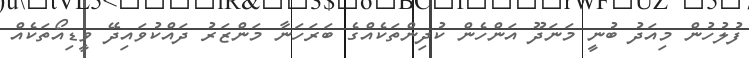
ފުލުހުން މިއަދު ބުނީ މަނަދޫ އަންހެން ކުދިންތަކެއްގެ ބަރަހަނާ މަންޒަރު ދައްކުވައިދޭ ވީޑިއޯތަކެއް